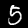
Label: 5